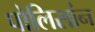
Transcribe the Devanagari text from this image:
पोलिसांन